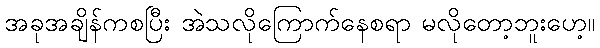
အခုအချိန်ကစပြီး အဲသလိုကြောက်နေစရာ မလိုတော့ဘူးဟေ့။